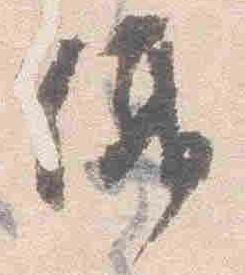
儀